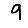
Digit: 9